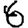
Digit: 6